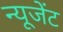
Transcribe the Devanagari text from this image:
न्यूजेंट